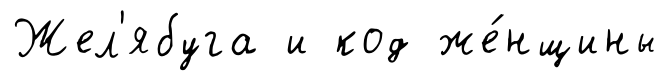
Жел'ябуга и код же́нщины